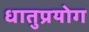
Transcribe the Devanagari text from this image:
धातुप्रयोग